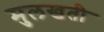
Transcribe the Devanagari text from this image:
मुलखती